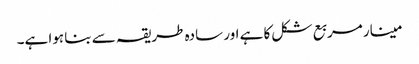
مینار مربع شکل کا ہے اور سادہ طریقہ سے بنا ہوا ہے۔